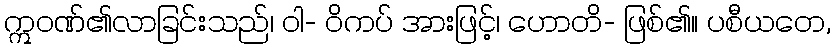
ဣဝဏ်၏လာခြင်းသည်၊ ဝါ- ဝိကပ် အားဖြင့်၊ ဟောတိ- ဖြစ်၏။ ပစီယတေ,